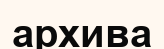
архива